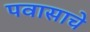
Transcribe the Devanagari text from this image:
पवासाचे